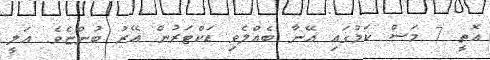
އޮތީ 7 މަސް ކަމުގައި އޭނާ ބެއްލެވި ޑަކްޓަރުން އޭރު ބުންޏެވެ. އަލީ